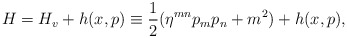
\begin{align*}H=H_v+h(x,p) \equiv \frac{1}{2}(\eta^{mn}p_{m} p_{n} + m^2) +h(x,p),\end{align*}